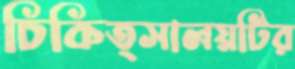
চিকিত্সালয়টির